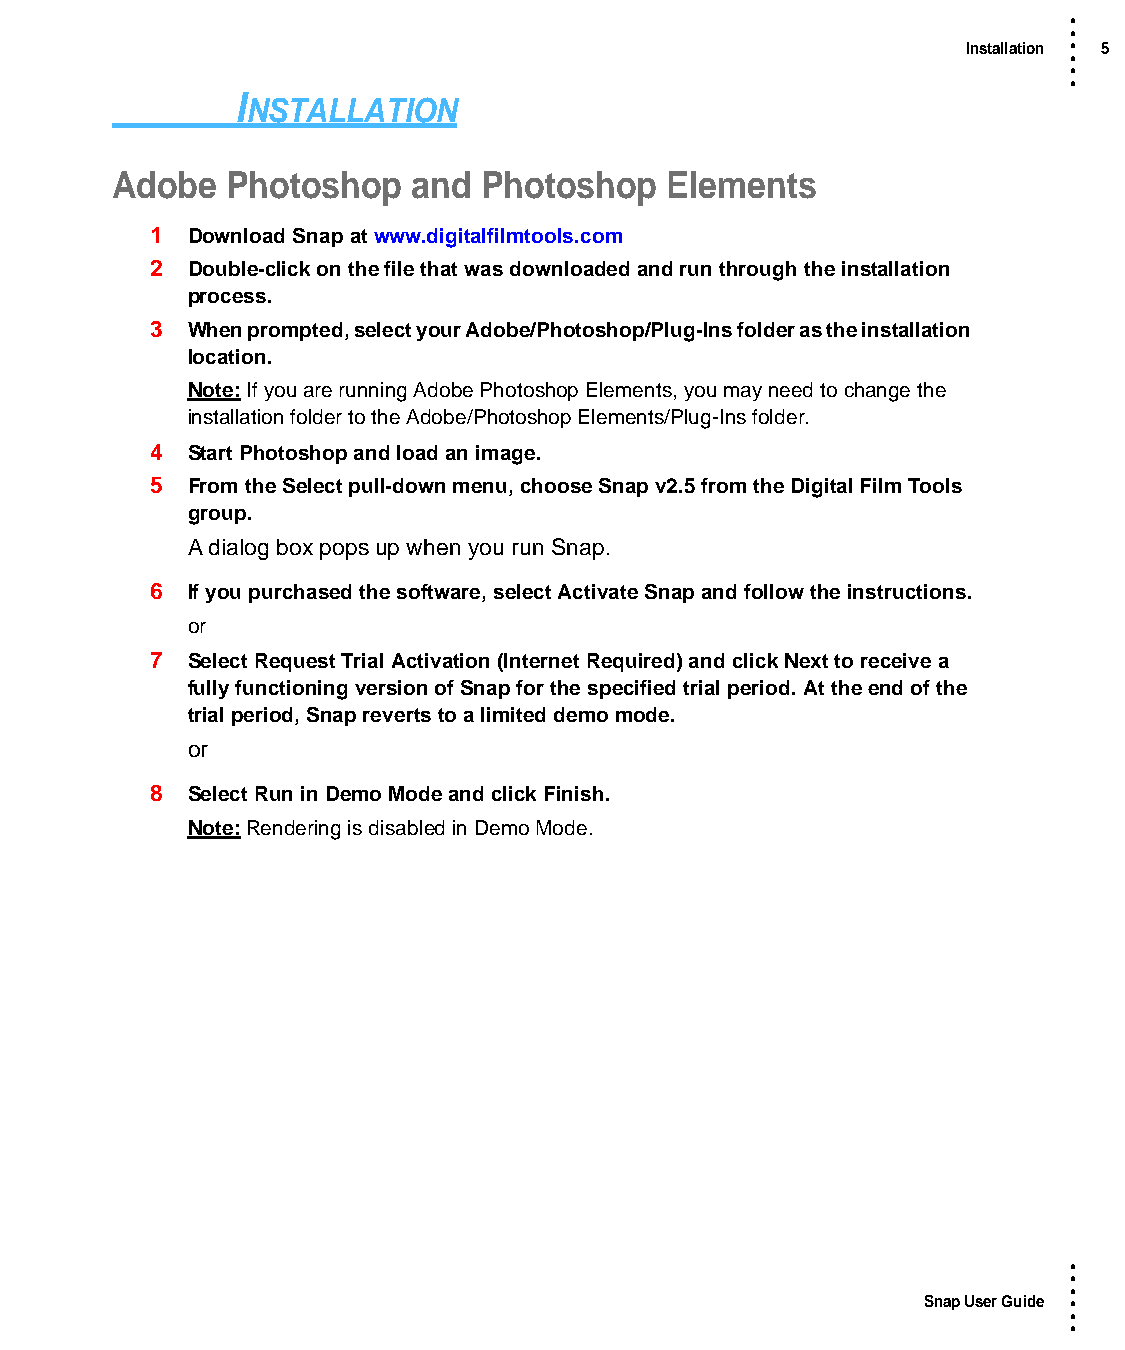
•
 •
 Installation • 5
 •
 •
 •
 I
 NSTALLATION
 Adobe   Photoshop   and  Photoshop   Elements
 1 Download Snap at www.digitalfilmtools.com
 2 Double-click on the file that was downloaded and run through the installation
 process.
 3 When prompted, select your Adobe/Photoshop/Plug-Ins folder as the installation
 location.
 Note: If you are running Adobe Photoshop Elements, you may need to change the
 installation folder to the Adobe/Photoshop Elements/Plug-Ins folder.
 4 Start Photoshop and load an image.
 5 From the Select pull-down menu, choose Snap v2.5 from the Digital Film Tools
 group.
 A dialog box pops up when you run Snap.
 6 If you purchased the software, select Activate Snap and follow the instructions.
 or
 7 Select Request Trial Activation (Internet Required) and click Next to receive a
 fully functioning version of Snap for the specified trial period. At the end of the
 trial period, Snap reverts to a limited demo mode.
 or
 8 Select Run in Demo Mode and click Finish.
 Note: Rendering is disabled in Demo Mode.
 •
 •
 •
 Snap User Guide •
 •
 •